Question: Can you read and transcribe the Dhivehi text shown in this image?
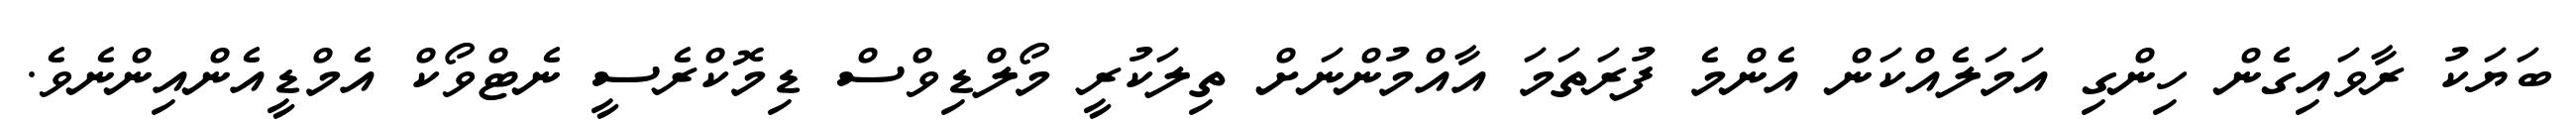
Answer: ބަޔަކު ރާވައިގެން ހިންގި އަމަލެއްކަން އެންމެ ފުރަތަމަ އާއްމުންނަށް ތިލަކުރީ މޯލްޑިވްސް ޑިމޮކްރެސީ ނެޓްވޯކް އެމްޑީއެންއިންނެވެ.